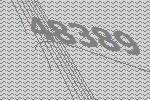
48389